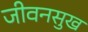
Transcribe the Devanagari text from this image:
जीवनसुख